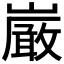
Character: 𫶝